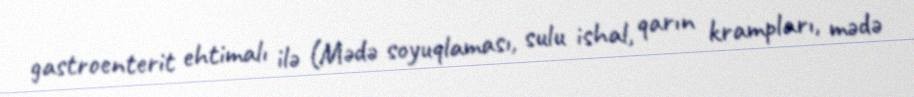
gastroenterit ehtimalı ilə (Mədə soyuqlaması, sulu ishal, qarın krampları, mədə